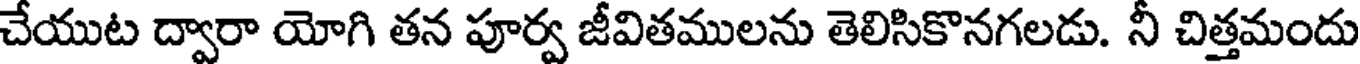
చేయుట ద్వారా యోగి తన పూర్వ జీవితములను తెలిసికొనగలడు. నీ చిత్తమందు